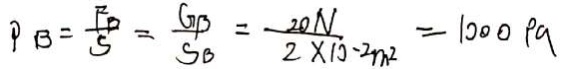
P _ { B } = \frac { F _ { B } } { S } = \frac { G _ { B } } { S _ { B } } = \frac { 2 0 N } { 2 \times 1 0 ^ { - 2 } m ^ { 2 } } = 1 0 0 0 P a